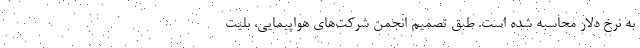
به نرخ دلار محاسبه شده است. طبق تصمیم انجمن شرکت‌های هواپیمایی، بلیت